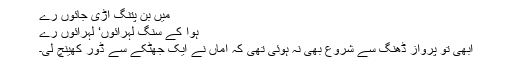
میں بن پتنگ اڑی جائوں رے
ہوا کے سنگ لہرائوں‘ لہرائوں رے
ابھی تو پرواز ڈھنگ سے شروع بھی نہ ہوئی تھی کہ اماں نے ایک جھٹکے سے ڈور کھینچ لی۔